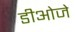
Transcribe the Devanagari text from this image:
डीओजे